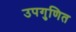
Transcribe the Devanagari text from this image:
उपगुणित